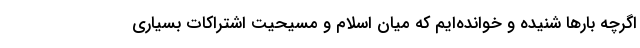
اگرچه بارها شنیده و خوانده‌ایم که میان اسلام و مسیحیت اشتراکات بسیاری